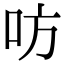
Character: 㕫